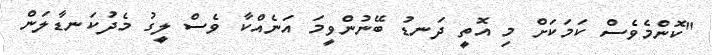
"ކޮންމެވެސް ކަމަކަށް މި އޮތީ ދަނޑު ބޭނުންވީމަ އަނެއްކާ ވެސް ލީގު މެދުކަނޑާލަން